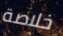
خلاصة